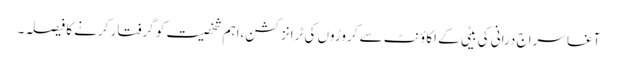
آغا سراج درانی کی بیٹی کے اکاؤنٹ سے کروڑوں کی ٹرانزکشن،اہم شخصیت کو گرفتار کرنے کا فیصلہ۔